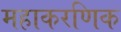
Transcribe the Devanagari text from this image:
महाकरणिक